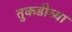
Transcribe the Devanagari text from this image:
तुकडीच्या